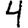
Digit: 4